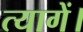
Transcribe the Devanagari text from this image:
त्यागें।